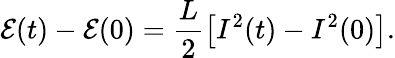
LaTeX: \mathcal{E}(t)-\mathcal{E}(0)=\frac{L}{2}\left[I^{2}(t)-I^{2}(0)\right].